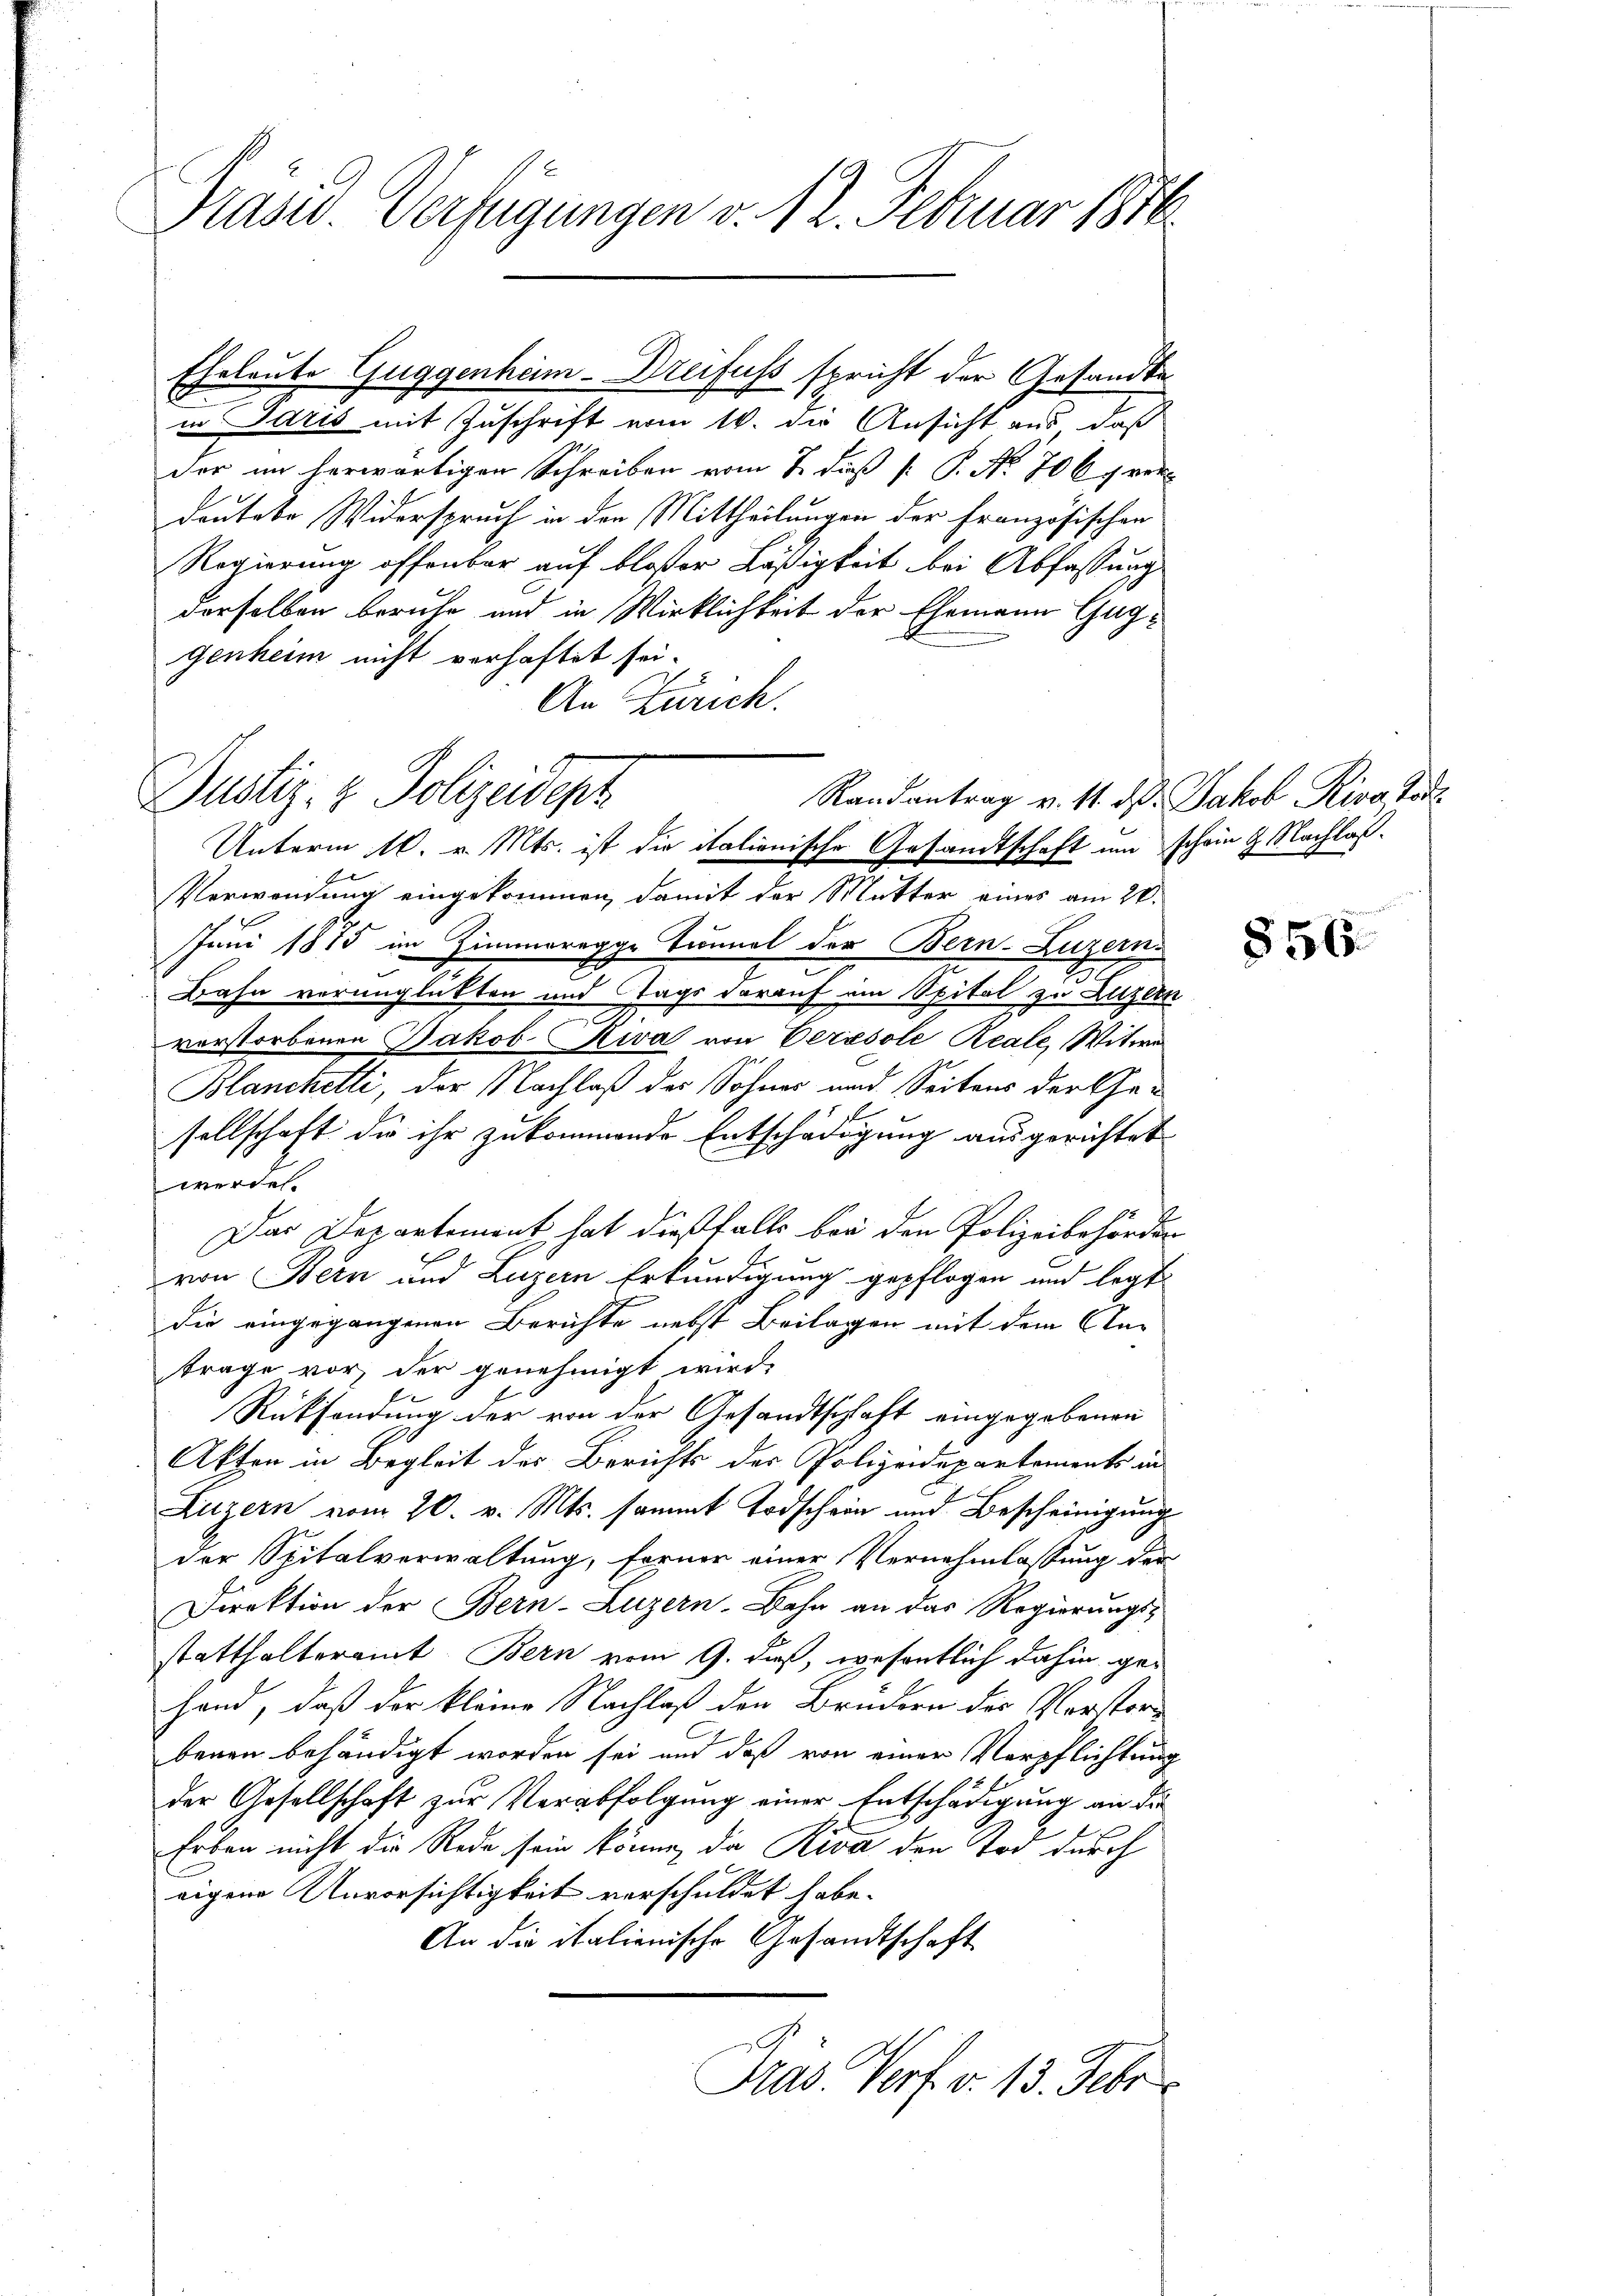
Präsid. Verfügungen v. 12. Februar 1878

in Idris mit Zuschrift vom 16. die Ansicht aus, daß
der im herwärtigen Schreiben vom 2. daß P. P. No 706 p vor-
deutete Widerspruch in den Mittheilungen der Französischen
Regierung offenbar auf bloser Läßigkeit bei Abfassung
derselben beruhe und in Wirklichkeit der Ehemann Guggenheim nicht verhaftet sei.
An Zürich.
Verwendung eingekommen, damit der Mutter eines am 26.
Juni 1875 im Zimmeregge Tunnel der Bern-Luzern.
Bahn verunglückten und Tags darauf am Spital zu Luzern
verstorbenen Jakob Riva von Verasole Reale, Witwe
Blanckelti, der Nachlaß des Sohnes und Seitens der Gesellschaft die ihr zukommende Entschädigung ausgerichtet
werden
Das Departement hat dießfalls bei den Polizeibehörder
6
von Bern und Luzern Erkundigung gepflogen und legt
die eingegangenen Berichte nebst Beilagen mit dem Antrage vor, der genehmigt wird.
Rücksendung der von der Gesandtschaft eingegebenen
Akten in Begleit des Berichts der Polizeidepartements in
Luzern vom 20. v. Mts. sammt Todschein und Bescheinigung
der Spitalverwaltung, ferner einer Vernehmlassung der
Direktion der Bern-Luzern. Bahn an das Regierungs-
statthalteramt. Bern vom 9. daß, wesentlich dahin ge¬
Hand, daß der kleine Nachlaß den Brüdern der Vorstorbenen behändigt worden sei und daß von einer Verpflichtung
der Gesellschaft zur Verabfolgung einer Entschädigung an die
Erben nicht die Rede sein könne, da Riva den Tod durch
eigene Unvorsichtigkeit verschuldet habe.
An die italienische Gesandtschaft
Präs. Verf. v. 13. Febr.

Eheleute Guggenhäm-Dreifuss spricht der Gesandte

Dustiz- & Polizeidept
Randantrag v. 11. d. Jakob Riva Tode
Unterm 10. v. Mts. ist die italienische Gesandtschaft um schon 2. Nachlaß¬

§ 56.